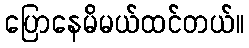
ပြောနေမိမယ်ထင်တယ်။